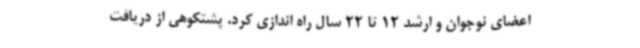
اعضای نوجوان و ارشد 12 تا 22 سال راه اندازی کرد. پشتکوهی از دریافت